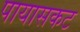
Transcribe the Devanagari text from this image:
पायासकट